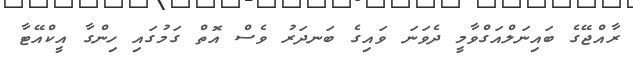
ރާއްޖޭގެ ބައިނަލްއަގްވާމީ ދެވަނަ ވައިގެ ބަނދަރު ވެސް އޮތް ގަމުގައި ހިންގާ އީކްއޭޓާ